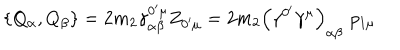
\left\{ Q _ { \alpha } , Q _ { \beta } \right\} = 2 m _ { 2 } \gamma _ { \alpha \beta } ^ { 0 ^ { \prime } \mu } Z _ { 0 ^ { \prime } \mu } = 2 m _ { 2 } \left( \gamma ^ { 0 ^ { \prime } } \gamma ^ { \mu } \right) _ { \alpha \beta } \, \, p _ { 1 \mu }